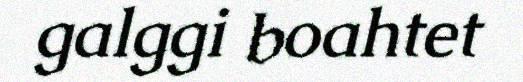
galggi boahtet